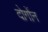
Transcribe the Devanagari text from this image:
दोर्गोन